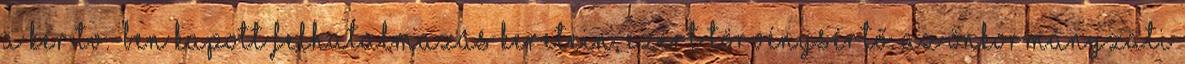
a Ker.tv.-ben kapott felhatalmazás keretein, ezért törvénysértő. Az Önkormányzati